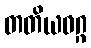
တတိယဝဂ္ဂ